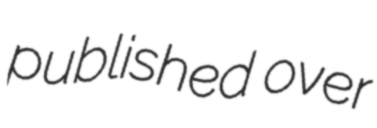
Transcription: published over